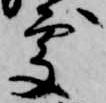
処